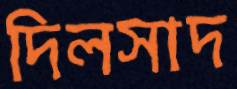
দিলসাদ